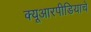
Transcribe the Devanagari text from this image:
क्यूआरपीडियाचे